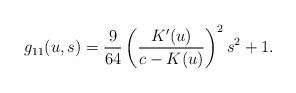
LaTeX: \begin{align*}g_{11}(u,s)=\frac{9}{64}\left(\frac{K'(u)}{c-K(u)}\right)^2s^2+1.\end{align*}